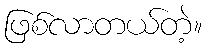
ဖြစ်လာတယ်တဲ့။